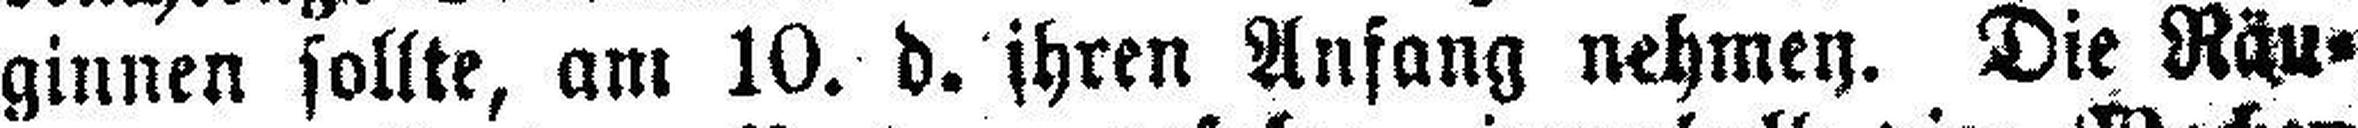
ginnen sollte, am 10. d. ihren Anfang nehmey. Die Räu¬